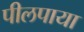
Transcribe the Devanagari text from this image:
पीलपाया